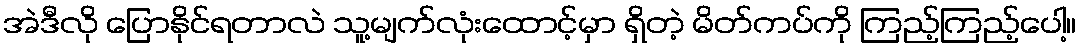
အဲဒီလို ပြောနိုင်ရတာလဲ သူ့မျက်လုံးထောင့်မှာ ရှိတဲ့ မိတ်ကပ်ကို ကြည့်ကြည့်ပေါ့။